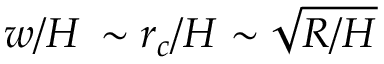
w / H \, \sim r _ { c } / H \sim \sqrt { R / H }